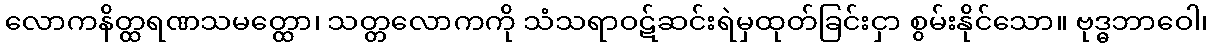
လောကနိတ္ထရဏသမတ္ထော၊ သတ္တလောကကို သံသရာဝဋ်ဆင်းရဲမှထုတ်ခြင်းငှာ စွမ်းနိုင်သော။ ဗုဒ္ဓဘာဝေါ၊